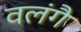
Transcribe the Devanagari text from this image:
वलंगै